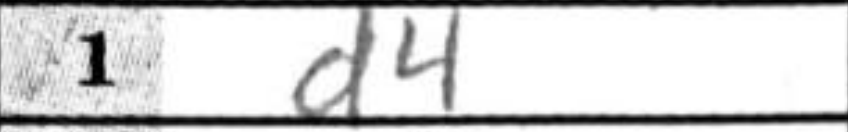
Transcription: d4